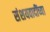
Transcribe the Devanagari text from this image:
संशयवादींच्या